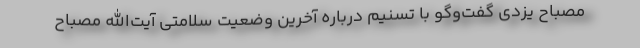
مصباح یزدی گفت‌وگو با تسنیم درباره آخرین وضعیت سلامتی آیت‌الله مصباح